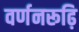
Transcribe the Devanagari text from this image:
वर्णनरूढ़ि